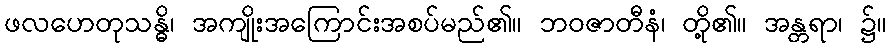
ဖလဟေတုသန္ဓိ၊ အကျိုးအကြောင်းအစပ်မည်၏။ ဘဝဇာတီနံ၊ တို့၏။ အန္တရာ၊ ၌။